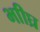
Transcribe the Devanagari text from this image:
भाीघ्र